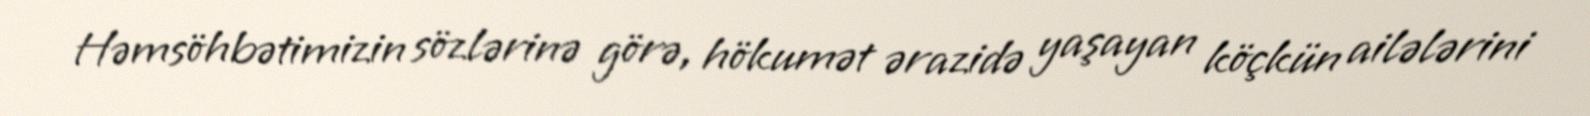
Həmsöhbətimizin sözlərinə görə, hökumət ərazidə yaşayan köçkün ailələrini